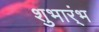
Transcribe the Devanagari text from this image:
शुभार्ंभ